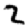
Digit: 2